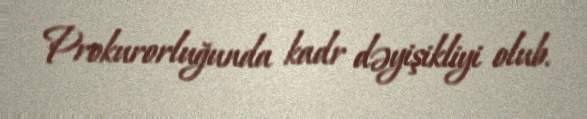
Prokurorluğunda kadr dəyişikliyi olub.